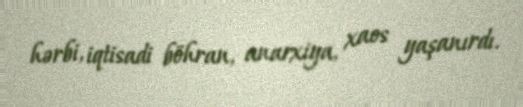
hərbi, iqtisadi böhran, anarxiya, xaos yaşanırdı.